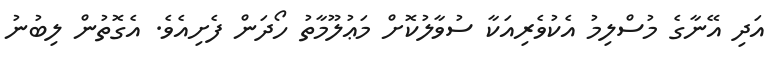
އަދި އޭނާގެ މުސްލިމު އެކުވެރިއަކާ ސުވާލުކޮށް މަޢުލޫމާތު ހޯދަން ފެށިއެވެ. އެގޮތުން ލިބުނު